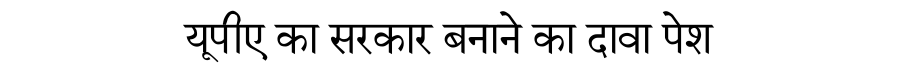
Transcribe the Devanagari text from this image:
यूपीए का सरकार बनाने का दावा पेश